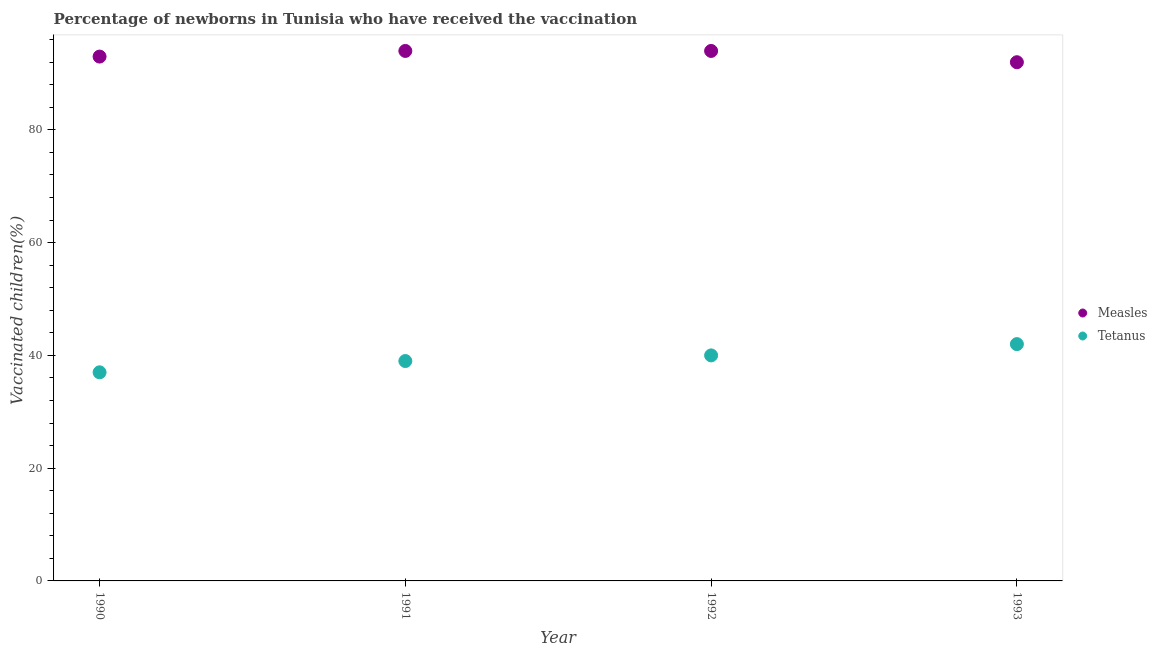
| Year | Measles | Tetanus |
 | --- | --- | --- |
 | 1990 | 93 | 37 |
 | 1991 | 94 | 39 |
 | 1992 | 94 | 40 |
 | 1993 | 92 | 42 |